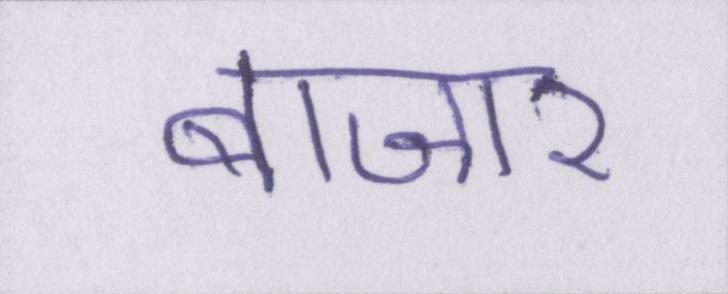
बाजार